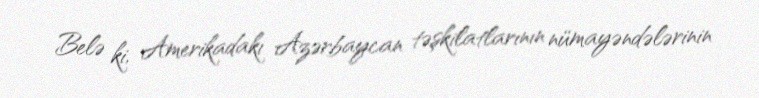
Belə ki, Amerikadakı Azərbaycan təşkilatlarının nümayəndələrinin